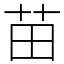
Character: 苗